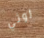
روثي